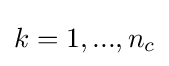
k=1,...,n_{c}